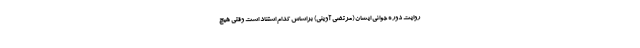
روایت دوره جوانی ایشان (مرتضی آوینی) براساس کدام استناد است وقتی هیچ